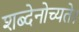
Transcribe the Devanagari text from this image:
शब्देनोच्यते।